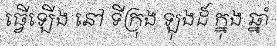
ធ្វើឡើង នៅ ទីក្រុង ឡុងដ៍ ក្នុង ឆ្នាំ